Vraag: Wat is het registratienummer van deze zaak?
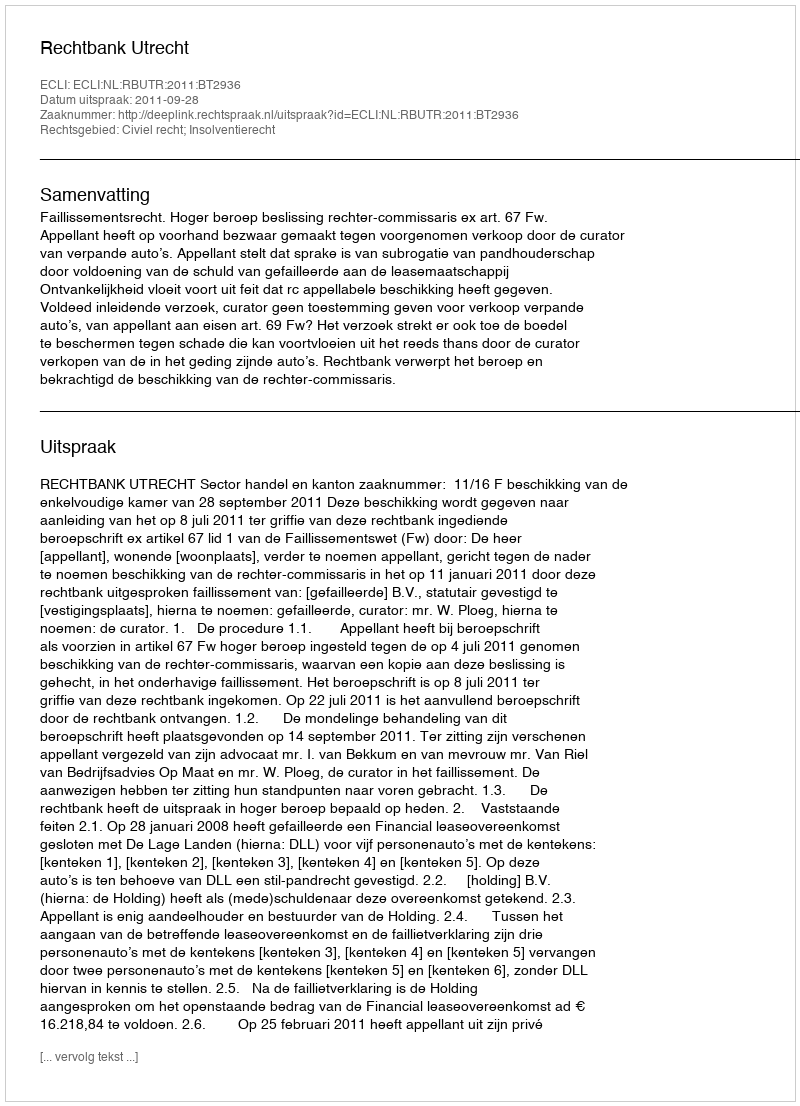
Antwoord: http://deeplink.rechtspraak.nl/uitspraak?id=ECLI:NL:RBUTR:2011:BT2936